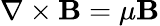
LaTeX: \nabla\times\mathbf{B}=\mu\mathbf{B}